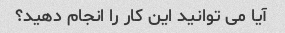
آیا می توانید این کار را انجام دهید؟